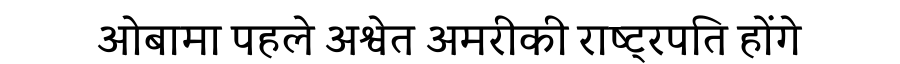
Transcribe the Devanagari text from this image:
ओबामा पहले अश्वेत अमरीकी राष्ट्रपति होंगे